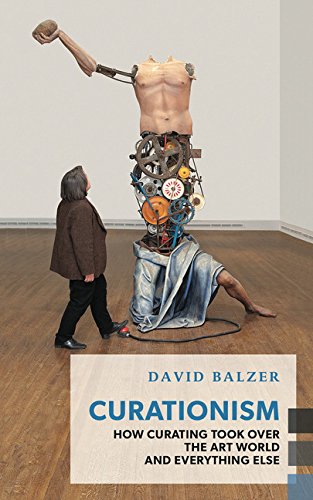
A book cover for Curationism: How Curating Took Over the Art World and Everything Else (Exploded Views); David Balzer; Arts & Photography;